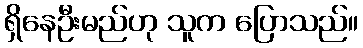
ရှိနေဦးမည်ဟု သူက ပြောသည်။